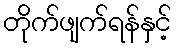
တိုက်ဖျက်ရန်နှင့်